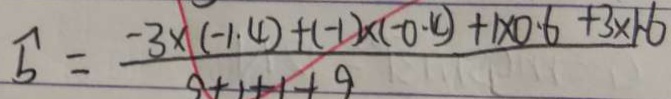
b = \frac { - 3 \times ( - 1 . 4 ) + ( - 1 ) \times ( - 0 . 4 ) + 1 \times 0 . 6 + 3 \times 1 . 6 } { 9 + 1 + 1 + 9 }